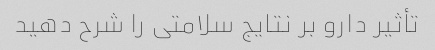
تأثیر دارو بر نتایج سلامتی را شرح دهید